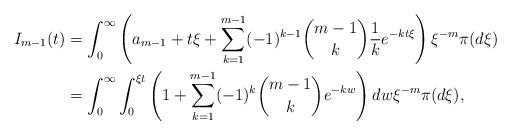
LaTeX: \begin{align*} I_{m-1}(t) &= \int_0^\infty \left( a_{m-1} + t \xi + \sum_{k=1}^{m-1} (-1)^{k-1} {m-1 \choose k} \frac{1}{k} e^{-kt \xi} \right) \xi^{-m} \pi(d\xi) \\ &= \int_0^\infty \int_0^{\xi t} \left( 1 + \sum_{k=1}^{m-1} (-1)^{k} {m-1 \choose k} e^{-kw} \right) dw \xi^{-m} \pi(d\xi), \end{align*}